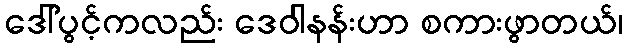
ဒေါ်ပွင့်ကလည်း ဒေဝါနန်းဟာ စကားဖွာတယ်၊